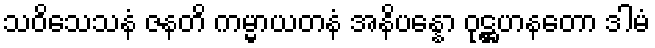
သဝိသေသနံ ဇနတိ ကမ္မာယတနံ အနိပန္နော ဝုဋ္ဌဟနတော ဒါမံ